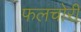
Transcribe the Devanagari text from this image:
फलचोरी